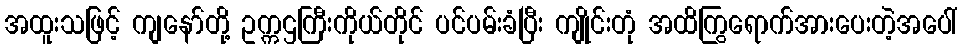
အထူးသဖြင့် ကျနော်တို့ ဥက္ကဌကြီးကိုယ်တိုင် ပင်ပမ်းခံပြီး ကျိုင်းတုံ အထိကြွရောက်အားပေးတဲ့အပေါ်